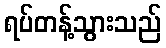
ရပ်တန့်သွားသည်